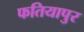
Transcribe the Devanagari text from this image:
फतियापुर